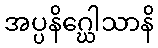
အပ္ပနိဂ္ဃေါသာနိ